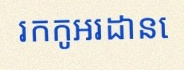
រកកូអរដោនេ